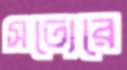
সত্যেরে